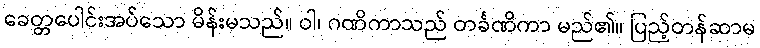
ခေတ္တပေါင်းအပ်သော မိန်းမသည်။ ဝါ၊ ဂဏိကာသည် တင်္ခဏိကာ မည်၏။ ပြည့်တန်ဆာမ